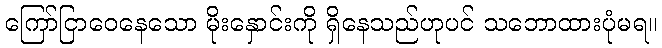
ကြော်ငြာဝေနေသော မိုးနှောင်းကို ရှိနေသည်ဟုပင် သဘောထားပုံမရ။